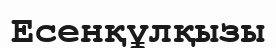
Есенқұлқызы